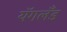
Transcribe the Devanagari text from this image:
यॅगलँड